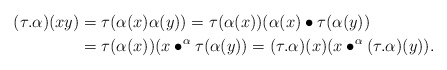
\begin{align*}(\tau.\alpha)(xy)&=\tau(\alpha(x)\alpha(y))=\tau(\alpha(x))(\alpha(x)\bullet\tau(\alpha(y))\\&=\tau(\alpha(x))(x\bullet^{\alpha}\tau(\alpha(y))=(\tau.\alpha)(x)(x\bullet^{\alpha}(\tau.\alpha)(y)).\end{align*}